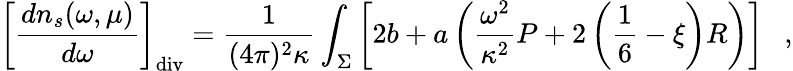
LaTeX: \left[{\frac{dn_{s}(\omega,\mu)}{d\omega}}\right]_{\mathrm{div}}={\frac{1}{(4\pi)^{2}\kappa}}\int_{\Sigma}\left[2b+a\left({\frac{\omega^{2}}{\kappa^{2}}}P+2\left(\frac 16-\xi\right)R\right)\right]~~~,